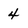
Character: 4